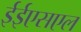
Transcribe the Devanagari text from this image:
ईईएसएल